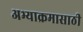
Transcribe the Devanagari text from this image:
अभ्याक्रमासाठी